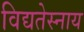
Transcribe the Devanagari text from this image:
विद्यतेस्नाय